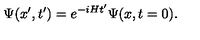
\Psi ( x ^ { \prime } , t ^ { \prime } ) = e ^ { - i H t ^ { \prime } } \Psi ( x , t = 0 ) .